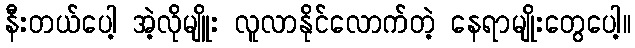
နီးတယ်ပေါ့ အဲ့လိုမျိူး လူလာနိုင်လောက်တဲ့ နေရာမျိုးတွေပေါ့။